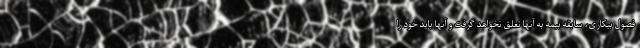
فصول بیکاری، سابقه بیمه به آنها تعلق نخواهد گرفت و آنها باید خود را